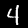
Digit: 4